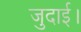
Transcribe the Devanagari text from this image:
जुदाई।